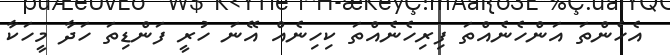
އެހެންތަ އަންހެނެއްތަ ފިރިހެނެއްތަ ކިހިނެއް އޭނަ ހުރީ ފަންޑިތަ ހަދާ މީހަކާ